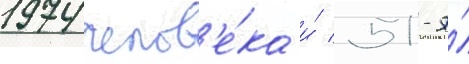
1974 челов'е́ка и́ 51-я́